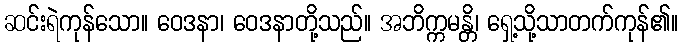
ဆင်းရဲကုန်သော။ ဝေဒနာ၊ ဝေဒနာတို့သည်။ အဘိက္ကမန္တိ၊ ရှေ့သို့သာတက်ကုန်၏။